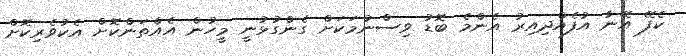
ކެފޭ އޭނާ އުފެއްދިއިރު އެންމެ ބޮޑު ވިސްނުމަކަށް ގެންގުޅުނީ މީހުން އެއްތަންކޮށް އެކުވެރިކޮށް